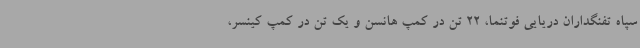
سپاه تفنگداران دریایی فوتنما، 22 تن در کمپ هانسن و یک تن در کمپ کینسر،